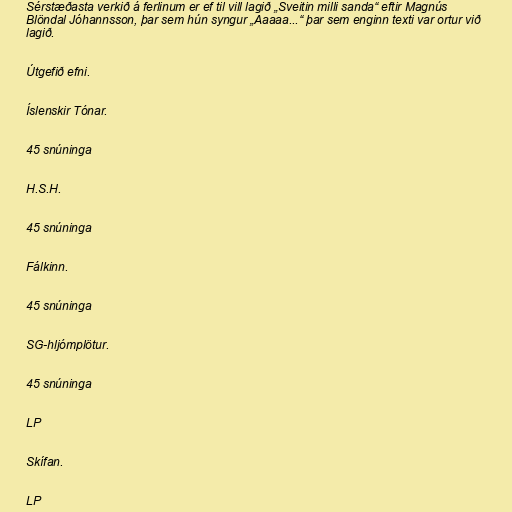
Sérstæðasta verkið á ferlinum er ef til vill lagið „Sveitin milli sanda“ eftir Magnús
Blöndal Jóhannsson, þar sem hún syngur „Aaaaa...“ þar sem enginn texti var ortur við
lagið.

Útgefið efni.

Íslenskir Tónar.

45 snúninga

H.S.H.

45 snúninga

Fálkinn.

45 snúninga

SG-hljómplötur.

45 snúninga

LP

Skífan.

LP